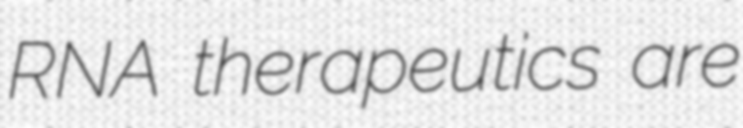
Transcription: RNA therapeutics are